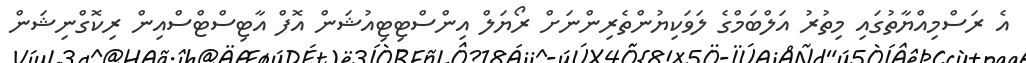
އެ ރަސްމިއްޔާތުގައި މިތުރު އަލްބަމްގެ ލަވަކިޔުންތެރިންނަށް ރޯޔަލް އިންސްޓިޓިއުޝަން އޮފް އާޓިސްޓްސްއިން ރިކޮގްނިޝަން